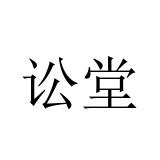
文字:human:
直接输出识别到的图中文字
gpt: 讼堂